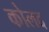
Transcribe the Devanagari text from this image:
कोलद